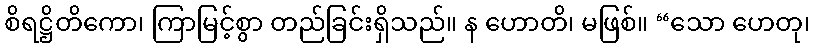
စိရဋ္ဌိတိကော၊ ကြာမြင့်စွာ တည်ခြင်းရှိသည်။ န ဟောတိ၊ မဖြစ်။ “သော ဟေတု၊